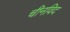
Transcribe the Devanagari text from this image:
चीनविद